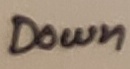
Text: Down